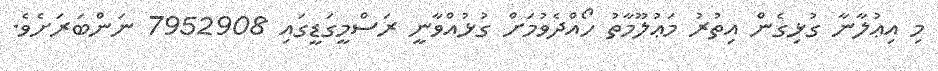
މި އިޢުލާނާ ގުޅިގެން އިތުރު މަޢުލޫމާތު ހޯއްދެވުމަށް ގުޅުއްވާނީ ރަސްމީގަޑީގައި 7952908 ނަންބަރަށެވެ.